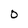
Character: O